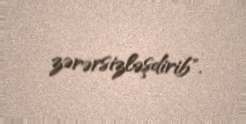
zərərsizləşdirib".